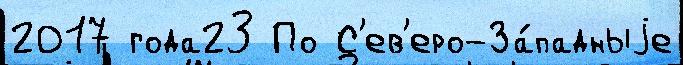
2017 года23 По С'ев'еро-За́падныjе